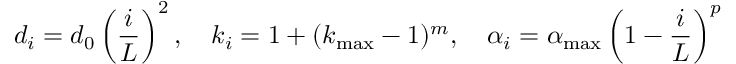
d _ { i } = d _ { 0 } \left( \frac { i } { L } \right) ^ { 2 } , \quad k _ { i } = 1 + ( k _ { \operatorname* { m a x } } - 1 ) ^ { m } , \quad \alpha _ { i } = \alpha _ { \operatorname* { m a x } } \left( 1 - \frac { i } { L } \right) ^ { p }